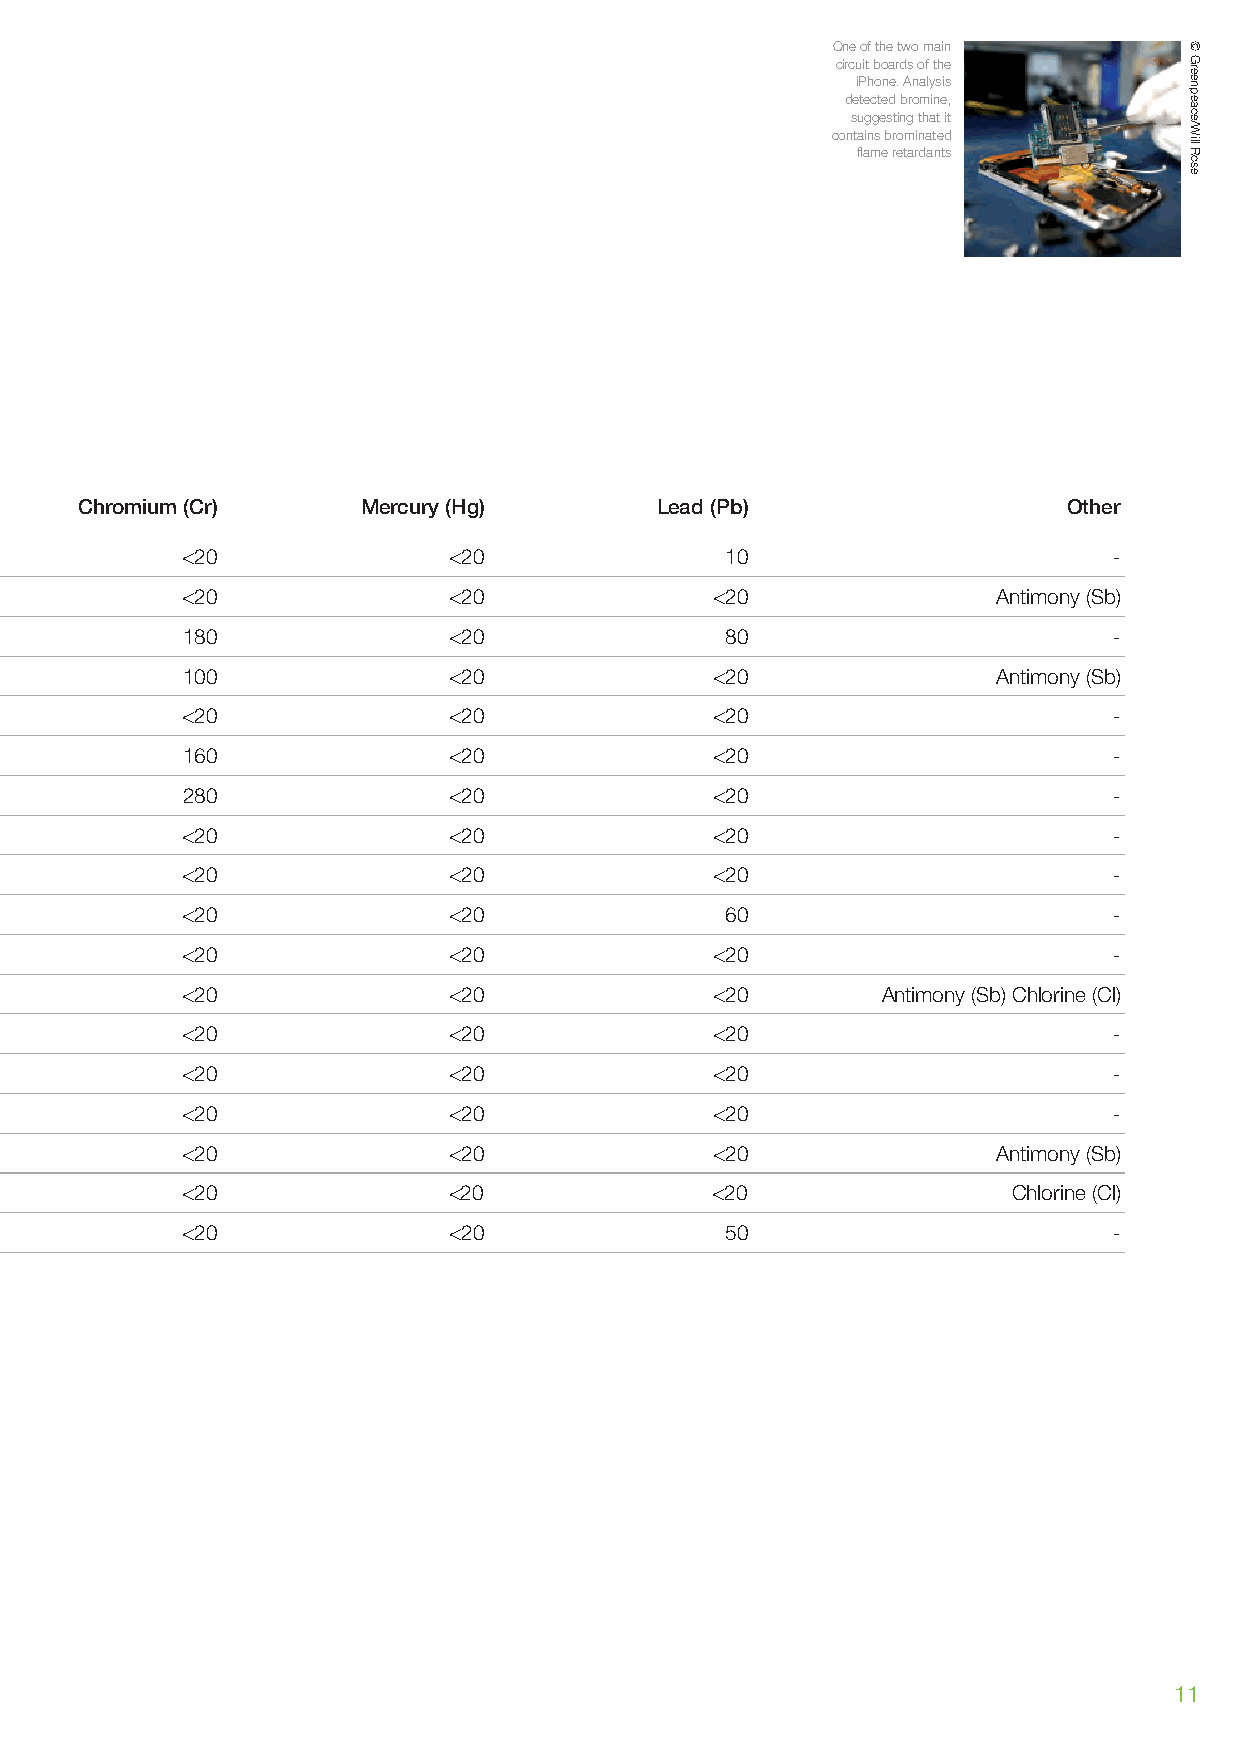
One of the two main
 circuit boards of the
 iPhone. Analysis
 detected bromine,
 suggesting that it
 contains brominated
 flame retardants
 Chromium (Cr)      Mercury (Hg)       Lead (Pb)                   Other
 <20               <20               10                        -
 <20               <20              <20                Antimony (Sb)
 180               <20               80                        -
 100               <20              <20                Antimony (Sb)
 <20               <20              <20                        -
 160               <20              <20                        -
 280               <20              <20                        -
 <20               <20              <20                        -
 <20               <20              <20                        -
 <20               <20               60                        -
 <20               <20              <20                        -
 <20               <20              <20        Antimony (Sb) Chlorine (Cl)
 <20               <20              <20                        -
 <20               <20              <20                        -
 <20               <20              <20                        -
 <20               <20              <20                Antimony (Sb)
 <20               <20              <20                 Chlorine (Cl)
 <20               <20               50                        -
 11
 ©
 Greenpeace/Will
 Rose